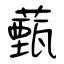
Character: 薽